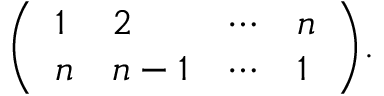
{ \left( \begin{array} { l l l l } { 1 } & { 2 } & { \cdots } & { n } \\ { n } & { n - 1 } & { \cdots } & { 1 } \end{array} \right) } .